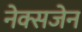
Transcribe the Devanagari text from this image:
नेक्सजेन